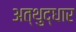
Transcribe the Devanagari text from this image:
अत्थुद्धार